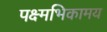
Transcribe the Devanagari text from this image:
पक्ष्मभिकामय